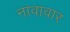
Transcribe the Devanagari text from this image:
नावावार